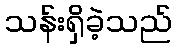
သန်းရှိခဲ့သည်